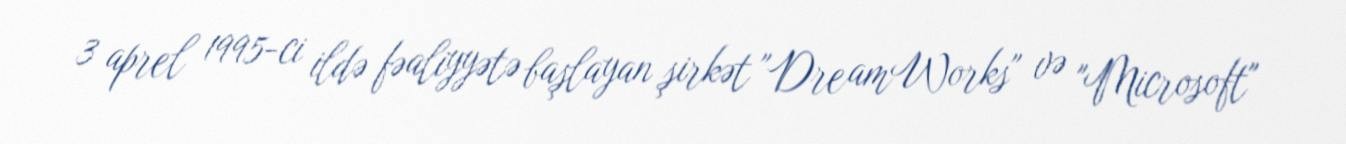
3 aprel 1995-ci ildə fəaliyyətə başlayan şirkət "DreamWorks" və "Microsoft"